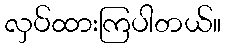
လှပ်ထားကြပါတယ်။